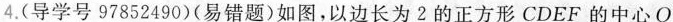
4. (导学号97852490) (易错题)如图，以边长为2的正方形CDEF的中心O